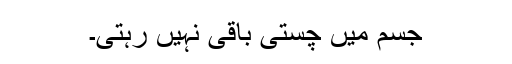
جسم میں چستی باقی نہیں رہتی۔